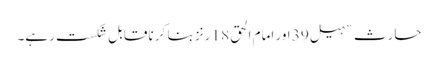
حارث سہیل 39 اور امام الحق 18 رنز بنا کر ناقابل شکست رہے۔